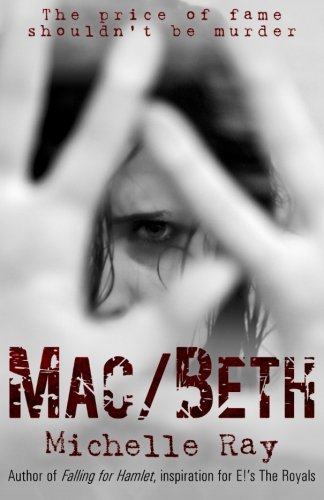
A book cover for Mac/Beth: The Price of Fame Shouldn't Be Murder; Michelle Ray; Teen & Young Adult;